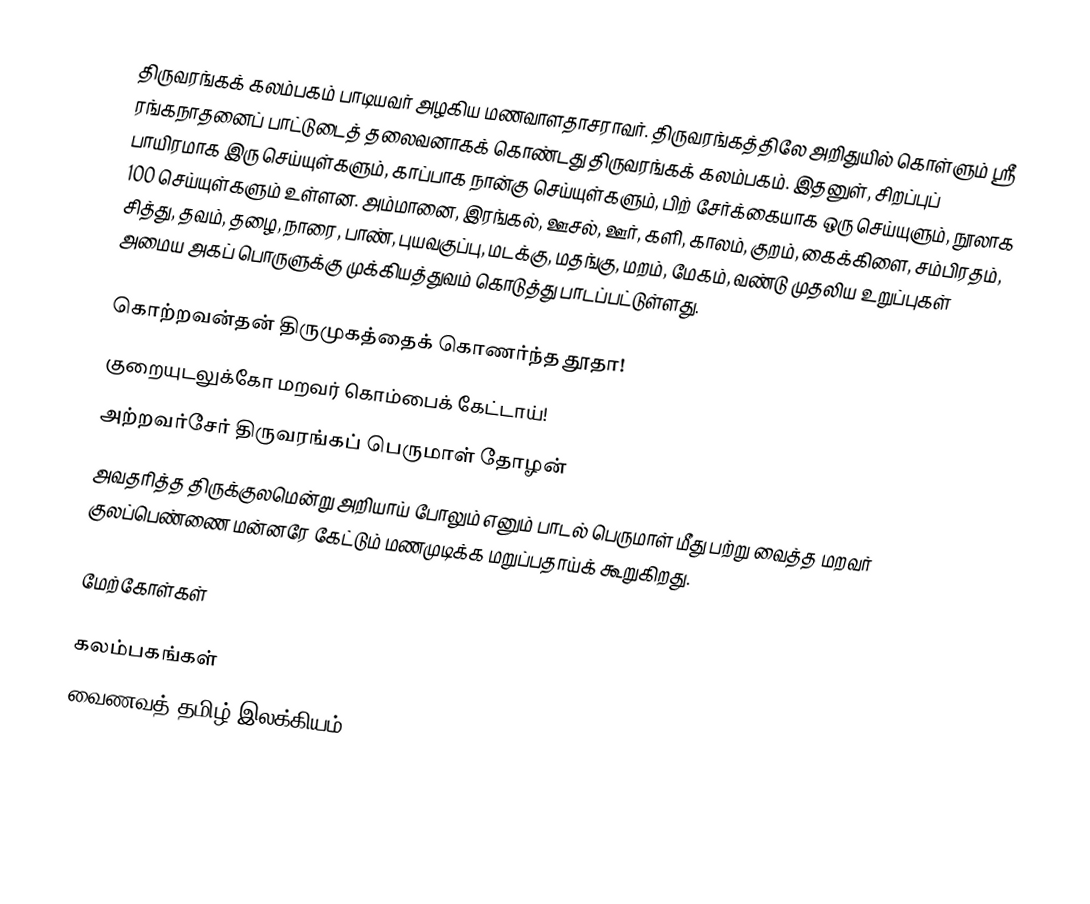
திருவரங்கக் கலம்பகம் பாடியவர் அழகிய மணவாளதாசராவர். திருவரங்கத்திலே அறிதுயில் கொள்ளும் ஸ்ரீ ரங்கநாதனைப் பாட்டுடைத் தலைவனாகக் கொண்டது திருவரங்கக் கலம்பகம். இதனுள், சிறப்புப் பாயிரமாக இரு செய்யுள்களும், காப்பாக நான்கு செய்யுள்களும், பிற் சேர்க்கையாக ஒரு செய்யுளும், நூலாக 100 செய்யுள்களும் உள்ளன. அம்மானை, இரங்கல், ஊசல், ஊர், களி, காலம், குறம், கைக்கிளை, சம்பிரதம், சித்து, தவம், தழை, நாரை, பாண், புயவகுப்பு, மடக்கு, மதங்கு, மறம், மேகம், வண்டு முதலிய உறுப்புகள் அமைய அகப் பொருளுக்கு முக்கியத்துவம் கொடுத்து பாடப்பட்டுள்ளது.

கொற்றவன்தன் திருமுகத்தைக் கொணர்ந்த தூதா!
     குறையுடலுக்கோ மறவர் கொம்பைக் கேட்டாய்!
அற்றவர்சேர் திருவரங்கப் பெருமாள் தோழன்
     அவதரித்த திருக்குலமென்று அறியாய் போலும் எனும் பாடல் பெருமாள் மீது பற்று வைத்த மறவர் குலப்பெண்ணை மன்னரே கேட்டும் மணமுடிக்க மறுப்பதாய்க் கூறுகிறது.

மேற்கோள்கள்

கலம்பகங்கள்
வைணவத் தமிழ் இலக்கியம்